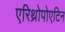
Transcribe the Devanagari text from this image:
एरिथ्रोपोएटिन